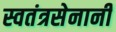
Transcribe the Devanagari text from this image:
स्वतंत्रसेनानी